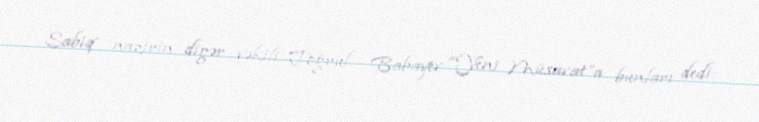
Sabiq nazirin digər vəkili Toğrul Babayev “Yeni Müsavat”a bunları dedi: